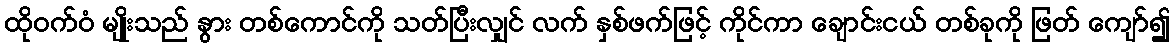
ထိုဝက်ဝံ မျိုးသည် နွား တစ်ကောင်ကို သတ်ပြီးလျှင် လက် နှစ်ဖက်ဖြင့် ကိုင်ကာ ချောင်းငယ် တစ်ခုကို ဖြတ် ကျော်၍